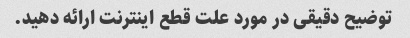
توضیح دقیقی در مورد علت قطع اینترنت ارائه دهید.